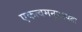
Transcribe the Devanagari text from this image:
एकत्वमनुपश्यतः